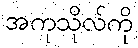
အကုသိုလ်ကို